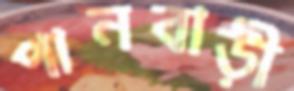
পানবাড়ী